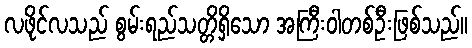
လဖိုင်လသည် စွမ်းရည်သတ္တိရှိသော အကြီးဝါတစ်ဦးဖြစ်သည်။